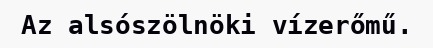
Az alsószölnöki vízerőmű.